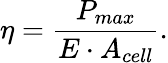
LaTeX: \eta={\frac{P_{max}}{E\cdot A_{cell}}}.